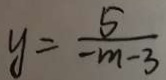
y = \frac { 5 } { - m - 3 }